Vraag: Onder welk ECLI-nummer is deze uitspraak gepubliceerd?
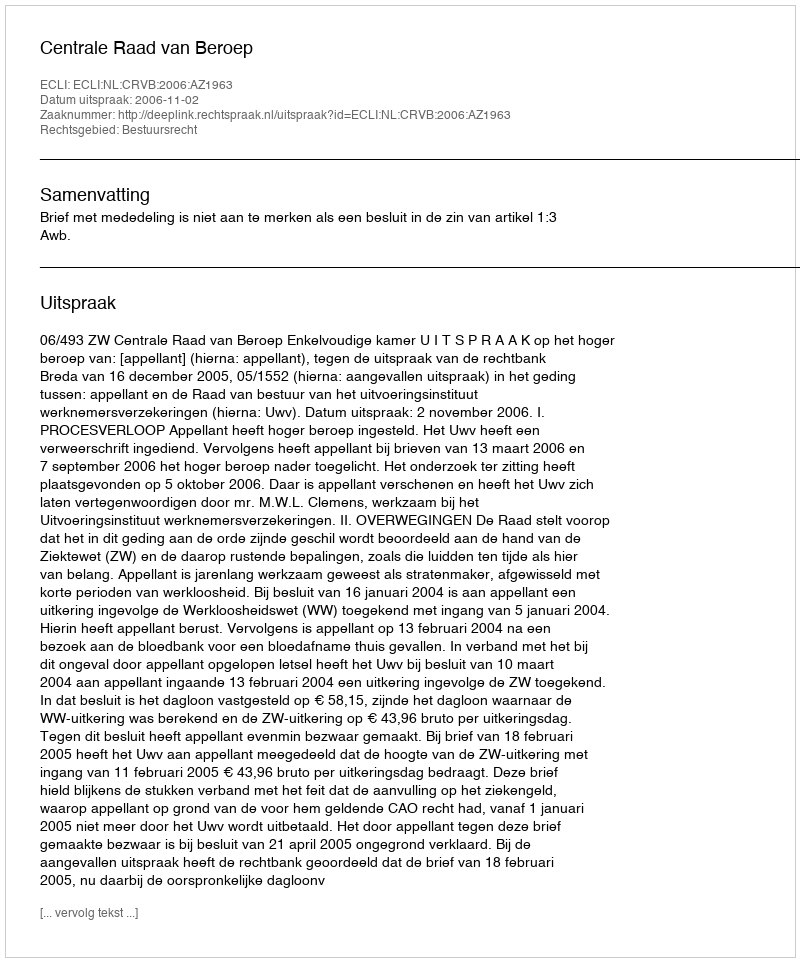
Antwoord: ECLI:NL:CRVB:2006:AZ1963